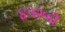
૪૫૨બી